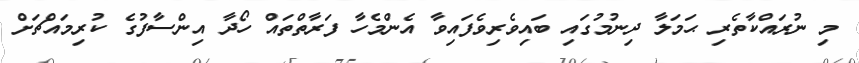
މި ނުރައްކާތެރި ޙަމަލާ ދިނުމުގައި ބައިވެރިވެފައިވާ އެންމެހާ ފަރާތްތައް ހޯދާ އިންސާފުގެ ކުރިމައްޗަށް